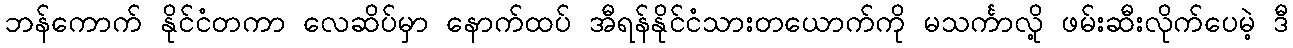
ဘန်ကောက် နိုင်ငံတကာ လေဆိပ်မှာ နောက်ထပ် အီရန်နိုင်ငံသားတယောက်ကို မသင်္ကာလို့ ဖမ်းဆီးလိုက်ပေမဲ့ ဒီ